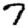
Digit: 7